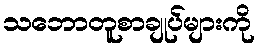
သဘောတူစာချုပ်များကို